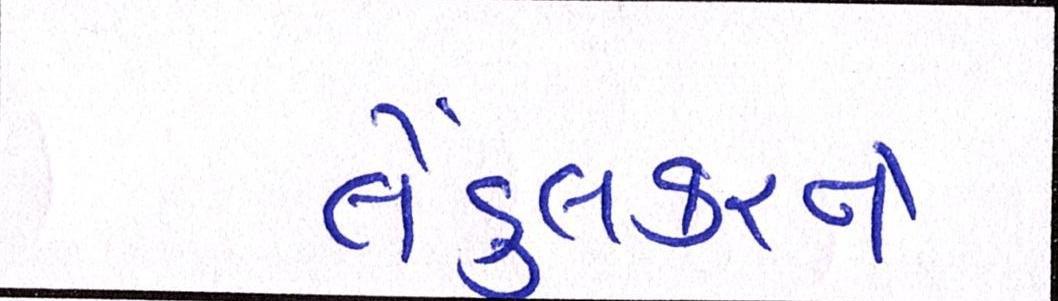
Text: તેંડુલકરને